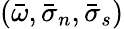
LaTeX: (\bar{\omega},\bar{\sigma}_{n},\bar{\sigma}_{s})